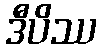
ဒီပိဿ